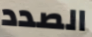
الصدد